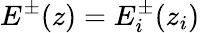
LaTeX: E^{\pm}(z)=E_{i}^{\pm}(z_{i})